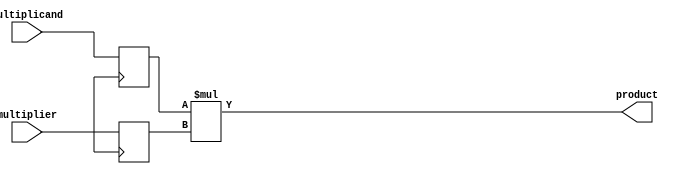
module sequential_booth_multiplier(
    input signed [15:0] multiplicand,
    input signed [15:0] multiplier,
    output signed [31:0] product
);

reg signed [31:0] product_reg;
reg signed [15:0] multiplicand_reg;
reg signed [15:0] multiplier_reg;

always @(*) begin
    product_reg = multiplicand_reg * multiplier_reg;
end

always @(posedge clk) begin
    multiplicand_reg <= multiplicand;
    multiplier_reg <= multiplier;
end

assign product = product_reg;

endmodule